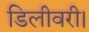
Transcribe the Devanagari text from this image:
डिलीवरी।